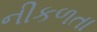
નીકળતા